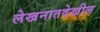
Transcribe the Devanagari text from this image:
लेखनातदेखील